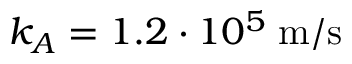
k _ { A } = 1 . 2 \cdot 1 0 ^ { 5 } \; \mathrm { m } / \mathrm { s }